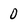
Character: 0